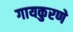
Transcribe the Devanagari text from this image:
गायकुरणे